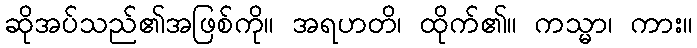
ဆိုအပ်သည်၏အဖြစ်ကို။ အရဟတိ၊ ထိုက်၏။ ကသ္မာ၊ ကား။